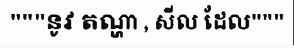
"""នូវ តណ្ហា , សីល ដែល"""